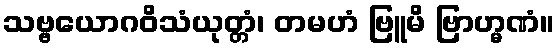
သဗ္ဗယောဂဝိသံယုတ္တံ၊ တမဟံ ဗြူမိ ဗြာဟ္မဏံ။